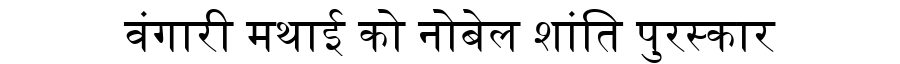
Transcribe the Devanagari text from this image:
वंगारी मथाई को नोबेल शांति पुरस्कार